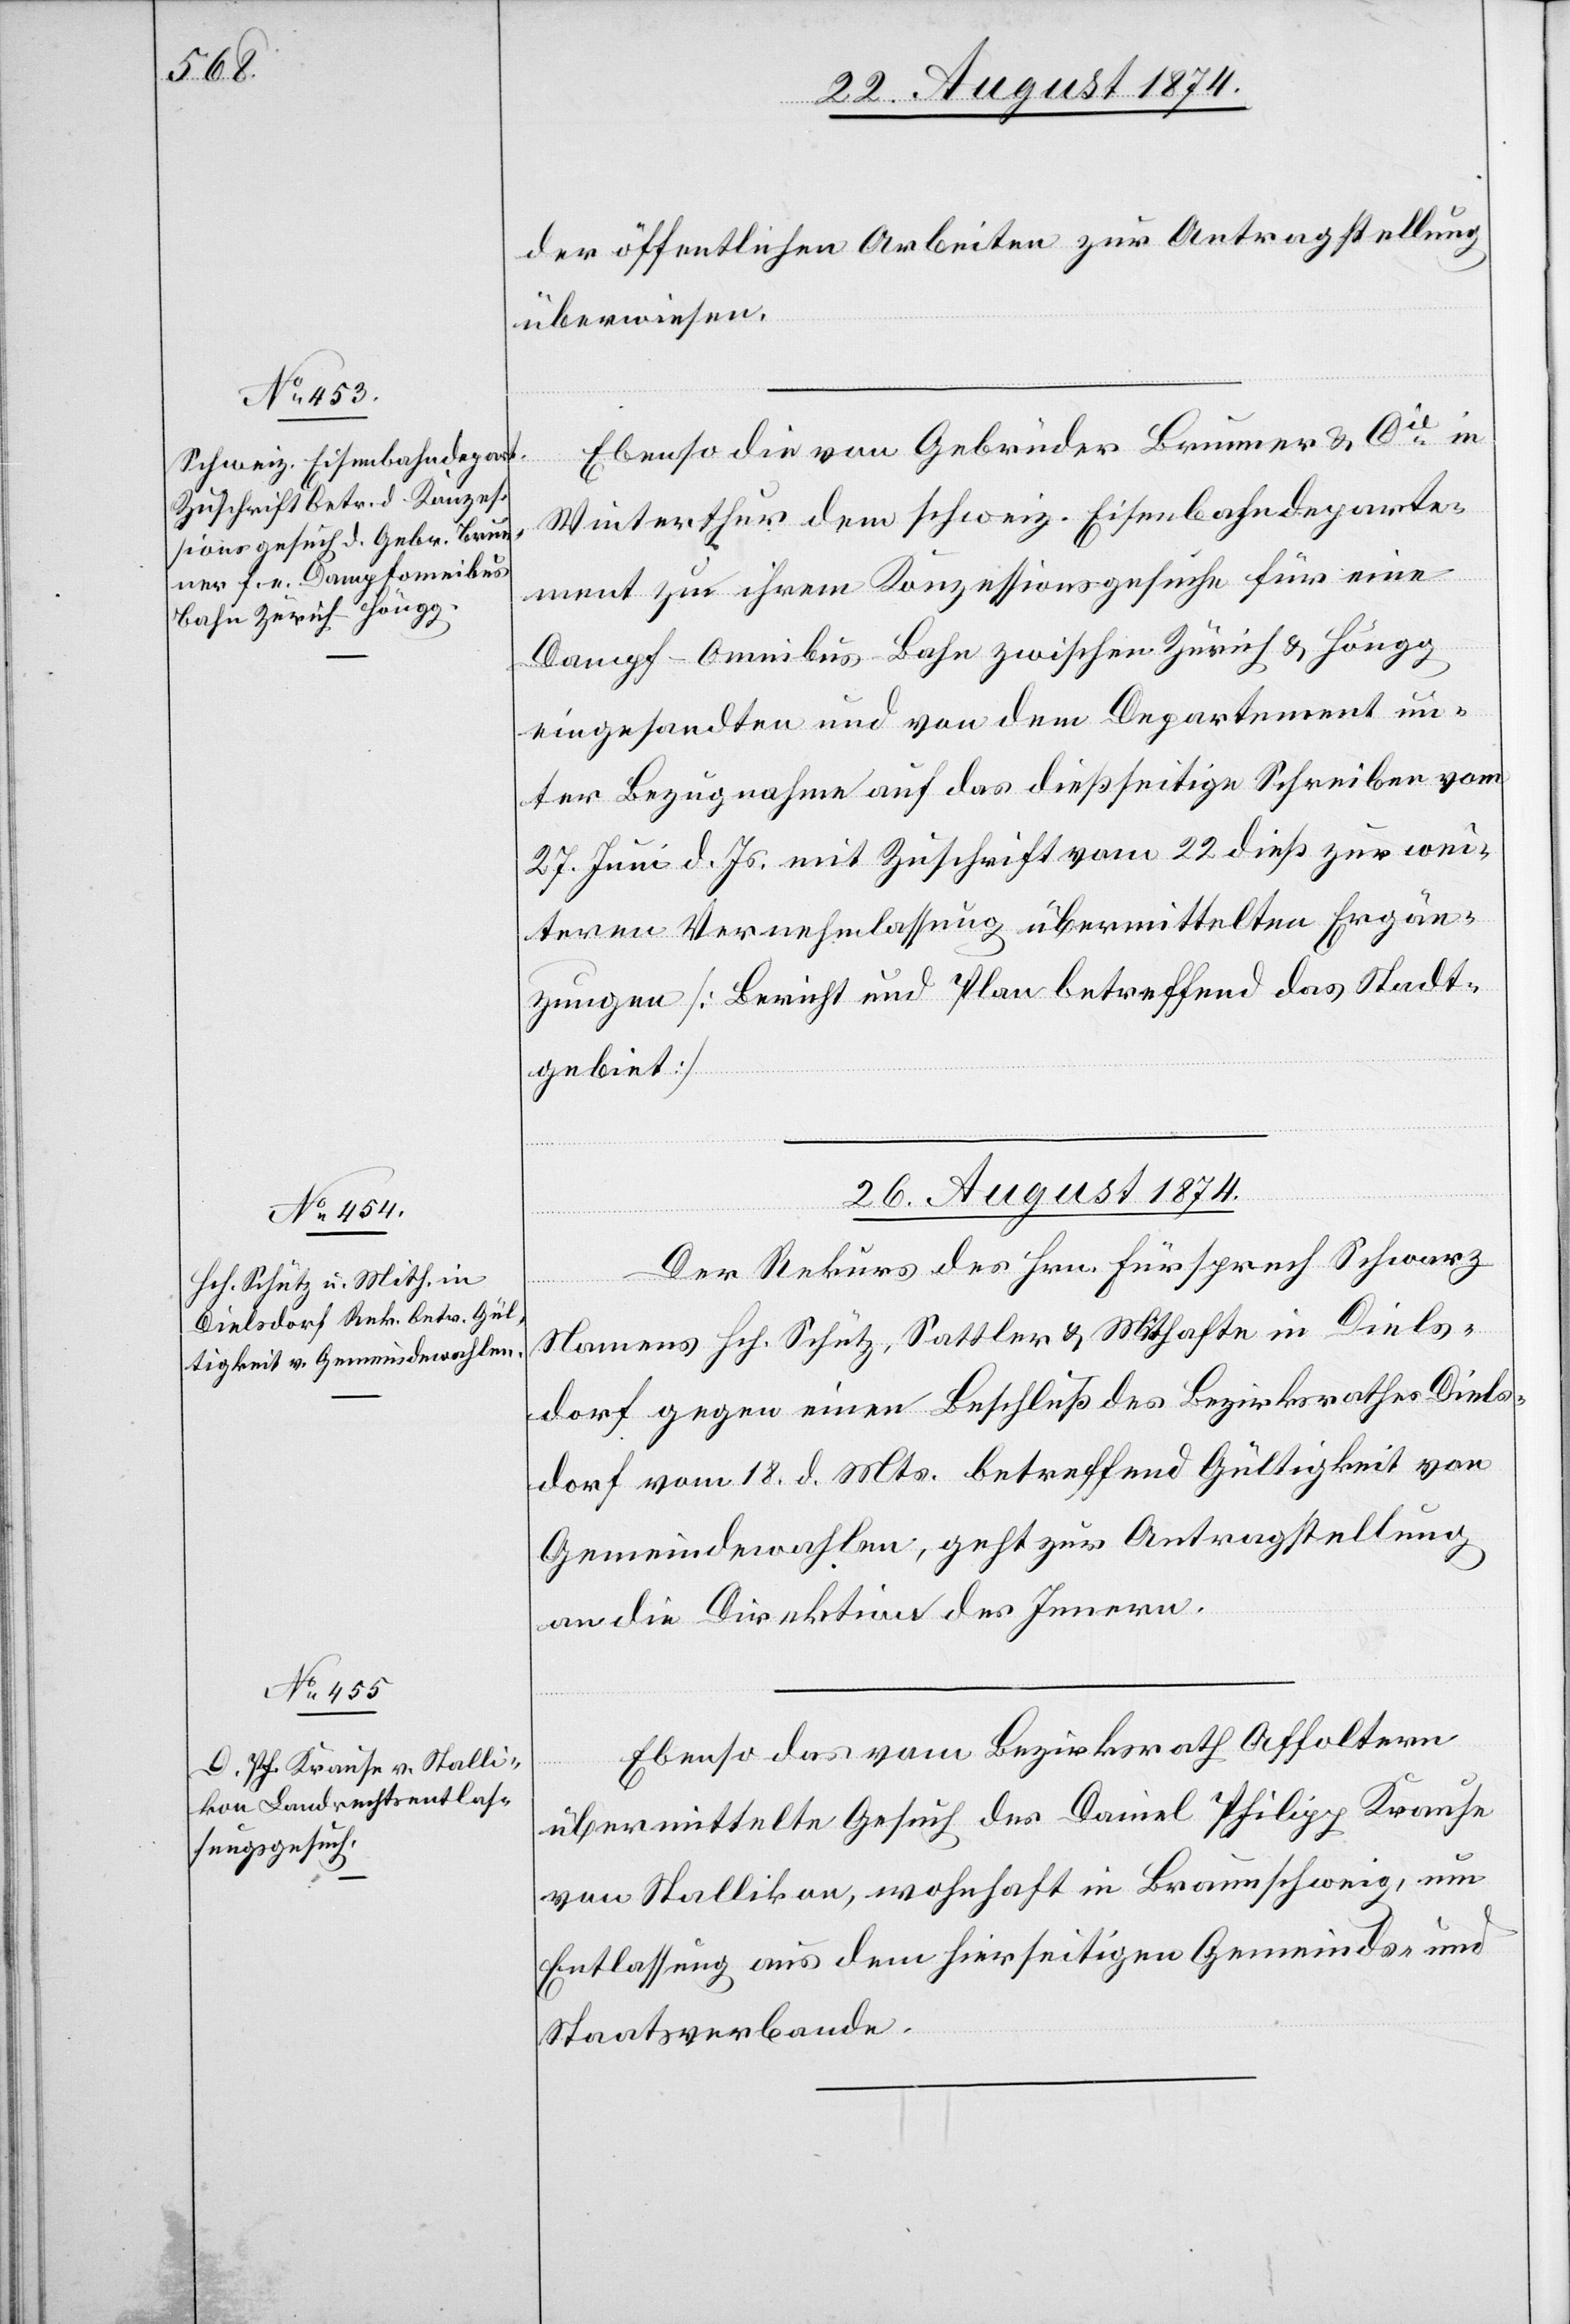
25. August 1874.]
der öffentlichen Arbeiten zur Antragstellung
überwiesen.
Ebenso die von Gebrüder Brunner u. Cie in
Winterthur dem schweiz. Eisenbahndeparte¬
ment zu ihrem Konzessionsgesuche für eine
Dampf-Omnibus-Bahn zwischen Zürich u. Höngg
eingesandten und von dem Departement un¬
ter Bezugnahme auf das dießseitige Schreiben vom
27. Juni d. Js. mit Zuschrift vom 22. dieß zur wei¬
tern Vernehmlassung übermittelten Ergän¬
zungen [Bericht und Plan betreffend das Stadt¬
gebiet.]
26. August 1874.]
Der Rekurs des Hrn. Fürsprech Schwarz
setzung
Namens Hch. Schütz, Sattler u. Mithafte in Diels¬
dorf gegen einen Beschluß des Bezirksrathes Diels¬
dorf vom 18. d. Mts. betreffend Gültigkeit von
Gemeindewahlen, geht zur Antragstellung
an die Direktion des Innern.
Ebenso das vom Bezirksrath Affoltern
übermittelte Gesuch des Daniel Philipp Krause
von Stallikon, wohnhaft in Braunschweig, um
Entlassung aus dem hierseitigen Gemeinds- und
Staatsverbande.